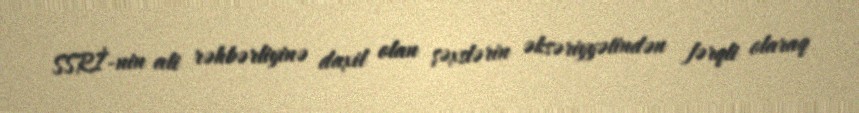
SSRİ-nin ali rəhbərliyinə daxil olan şəxslərin əksəriyyətindən fərqli olaraq